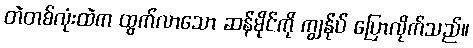
တဲတစ်လုံးထဲက ထွက်လာသော ဆန်မိုင်ကို ကျွန်ုပ် ပြောလိုက်သည်။